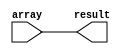
module ArrayTraversal (
    input wire [N-1:0] array, 
    output wire [N-1:0] result 
);

parameter N = 8;
reg [N-1:0] result;

integer i;

always @* begin
    for(i = 0; i < N; i = i + 1) begin
        // Perform specified operation on array element at current index
        // (Example: result[i] = array[i] * 2;)

        result[i] = array[i];
    end
end

endmodule